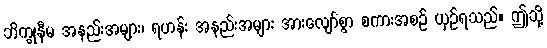
ဘိက္ခုနီမ အနည်းအများ၊ ရဟန်း အနည်းအများ အားလျော်စွာ စကားအစဉ် ယှဉ်ရသည်။ ဤသို့